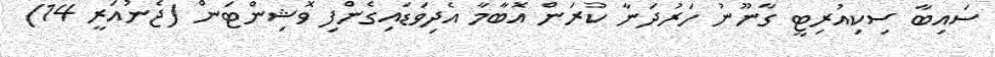
ސައިބާ ސިކިއުރިޓީ ގާނޫނު ހަރުދަނާ ކުރަން އޮބާމާ އެދިވަޑައިގެންފި ވޮޝިންޓަން (ޖެނުއަރީ 14)